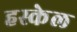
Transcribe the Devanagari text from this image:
हस्केल